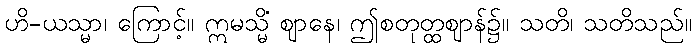
ဟိ-ယသ္မာ၊ ကြောင့်။ ဣမသ္မိံ ဈာနေ၊ ဤစတုတ္ထဈာန်၌။ သတိ၊ သတိသည်။